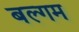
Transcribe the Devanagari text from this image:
बल्गम